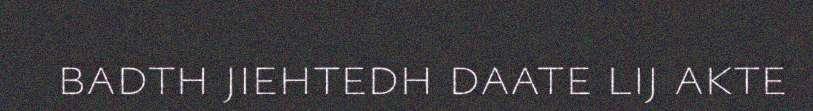
badth jiehtedh daate lij akte